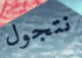
نتجول